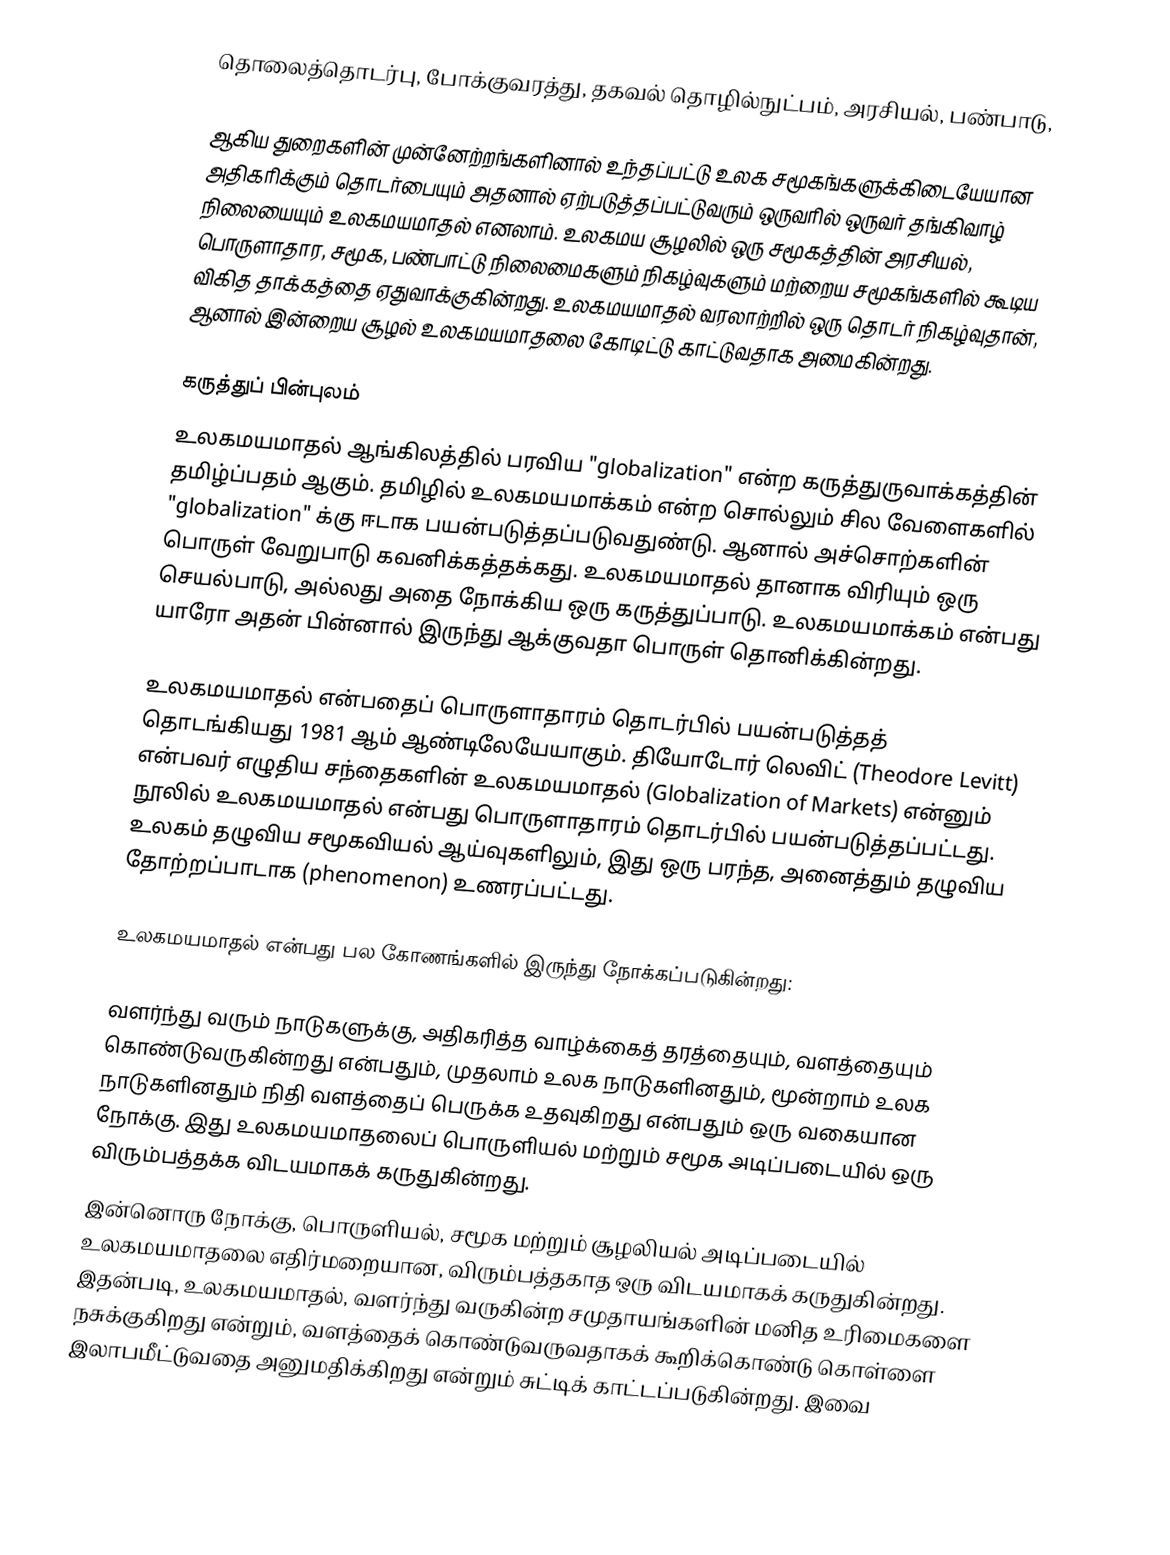
தொலைத்தொடர்பு, போக்குவரத்து, தகவல் தொழில்நுட்பம், அரசியல், பண்பாடு,

ஆகிய துறைகளின் முன்னேற்றங்களினால் உந்தப்பட்டு உலக சமூகங்களுக்கிடையேயான அதிகரிக்கும் தொடர்பையும் அதனால் ஏற்படுத்தப்பட்டுவரும் ஒருவரில் ஒருவர் தங்கிவாழ் நிலையையும் உலகமயமாதல் எனலாம். உலகமய சூழலில் ஒரு சமூகத்தின் அரசியல், பொருளாதார, சமூக, பண்பாட்டு நிலைமைகளும் நிகழ்வுகளும் மற்றைய சமூகங்களில் கூடிய விகித தாக்கத்தை ஏதுவாக்குகின்றது. உலகமயமாதல் வரலாற்றில் ஒரு தொடர் நிகழ்வுதான், ஆனால் இன்றைய சூழல் உலகமயமாதலை கோடிட்டு காட்டுவதாக அமைகின்றது.

கருத்துப் பின்புலம்
உலகமயமாதல் ஆங்கிலத்தில் பரவிய "globalization" என்ற கருத்துருவாக்கத்தின் தமிழ்ப்பதம் ஆகும். தமிழில் உலகமயமாக்கம் என்ற சொல்லும் சில வேளைகளில் "globalization" க்கு ஈடாக பயன்படுத்தப்படுவதுண்டு. ஆனால் அச்சொற்களின் பொருள் வேறுபாடு கவனிக்கத்தக்கது. உலகமயமாதல் தானாக விரியும் ஒரு செயல்பாடு, அல்லது அதை நோக்கிய ஒரு கருத்துப்பாடு. உலகமயமாக்கம் என்பது யாரோ அதன் பின்னால் இருந்து ஆக்குவதா பொருள் தொனிக்கின்றது.

உலகமயமாதல் என்பதைப் பொருளாதாரம் தொடர்பில் பயன்படுத்தத் தொடங்கியது 1981 ஆம் ஆண்டிலேயேயாகும். தியோடோர் லெவிட் (Theodore Levitt) என்பவர் எழுதிய சந்தைகளின் உலகமயமாதல் (Globalization of Markets) என்னும் நூலில் உலகமயமாதல் என்பது பொருளாதாரம் தொடர்பில் பயன்படுத்தப்பட்டது. உலகம் தழுவிய சமூகவியல் ஆய்வுகளிலும், இது ஒரு பரந்த, அனைத்தும் தழுவிய தோற்றப்பாடாக (phenomenon) உணரப்பட்டது.

உலகமயமாதல் என்பது பல கோணங்களில் இருந்து நோக்கப்படுகின்றது:

 வளர்ந்து வரும் நாடுகளுக்கு, அதிகரித்த வாழ்க்கைத் தரத்தையும், வளத்தையும் கொண்டுவருகின்றது என்பதும், முதலாம் உலக நாடுகளினதும், மூன்றாம் உலக நாடுகளினதும் நிதி வளத்தைப் பெருக்க உதவுகிறது என்பதும் ஒரு வகையான நோக்கு. இது உலகமயமாதலைப் பொருளியல் மற்றும் சமூக அடிப்படையில் ஒரு விரும்பத்தக்க விடயமாகக் கருதுகின்றது.
 இன்னொரு நோக்கு, பொருளியல், சமூக மற்றும் சூழலியல் அடிப்படையில் உலகமயமாதலை எதிர்மறையான, விரும்பத்தகாத ஒரு விடயமாகக் கருதுகின்றது. இதன்படி, உலகமயமாதல், வளர்ந்து வருகின்ற சமுதாயங்களின் மனித உரிமைகளை நசுக்குகிறது என்றும், வளத்தைக் கொண்டுவருவதாகக் கூறிக்கொண்டு கொள்ளை இலாபமீட்டுவதை அனுமதிக்கிறது என்றும் சுட்டிக் காட்டப்படுகின்றது. இவை